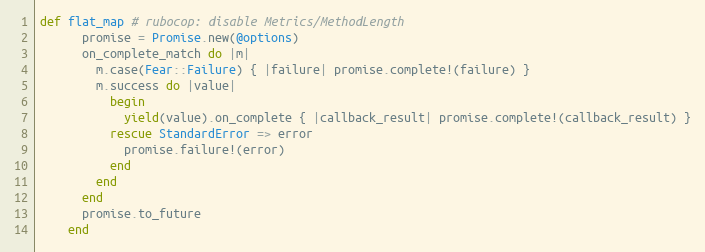
Language: Ruby
def flat_map # rubocop: disable Metrics/MethodLength
      promise = Promise.new(@options)
      on_complete_match do |m|
        m.case(Fear::Failure) { |failure| promise.complete!(failure) }
        m.success do |value|
          begin
            yield(value).on_complete { |callback_result| promise.complete!(callback_result) }
          rescue StandardError => error
            promise.failure!(error)
          end
        end
      end
      promise.to_future
    end